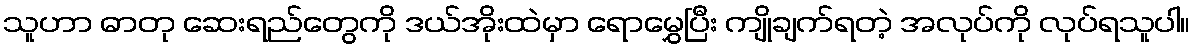
သူဟာ ဓာတု ဆေးရည်တွေကို ဒယ်အိုးထဲမှာ ရောမွှေပြီး ကျိုချက်ရတဲ့ အလုပ်ကို လုပ်ရသူပါ။